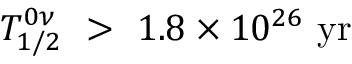
T _ { 1 / 2 } ^ { 0 \nu } \ > \ { 1 . 8 } \times 1 0 ^ { 2 6 } \ \mathrm { y r }